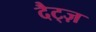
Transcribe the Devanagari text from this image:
दैट्ज़